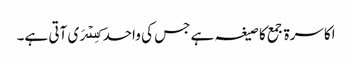
اکاسرۃ جمع کا صیغہ ہے جس کی واحد کِسۡرَی آتی ہے۔